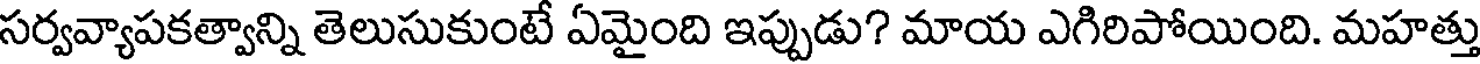
సర్వవ్యాపకత్వాన్ని తెలుసుకుంటే ఏమైంది ఇప్పుడు? మాయ ఎగిరిపోయింది. మహత్తు